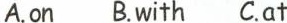
A.on B.with C.at